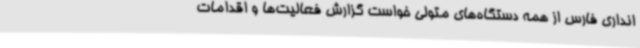
انداری فارس از همه دستگاه‌های متولی خواست گزارش فعالیت‌ها و اقدامات